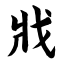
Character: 戕